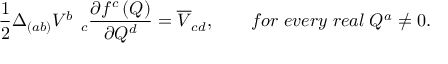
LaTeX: \frac 1 2 \Delta _ { ( a b ) } V _ { \quad c } ^ { b } \frac { \partial f ^ { c } \left( Q \right) } { \partial Q ^ { d } } = \overline { { { V } } } _ { c d } , \qquad f o r \; e v e r y \; r e a l \; Q ^ { a } \neq 0 .